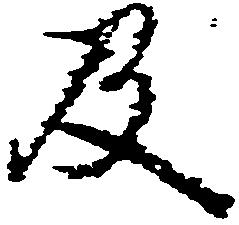
及